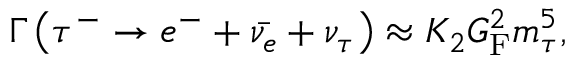
\Gamma \left( \tau ^ { - } \rightarrow e ^ { - } + { \bar { \nu _ { e } } } + \nu _ { \tau } \right) \approx K _ { 2 } G _ { \mathrm { F } } ^ { 2 } m _ { \tau } ^ { 5 } ,